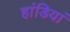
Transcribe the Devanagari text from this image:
हांडियां